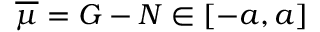
\overline { { \mu } } = G - N \in [ - a , a ]